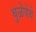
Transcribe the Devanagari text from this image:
धुळेयेथे